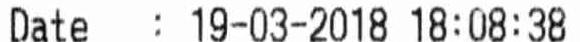
DATE : 19-03-2018 18:08:38